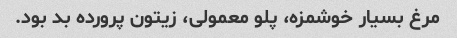
مرغ بسیار خوشمزه، پلو معمولی، زیتون پرورده بد بود.